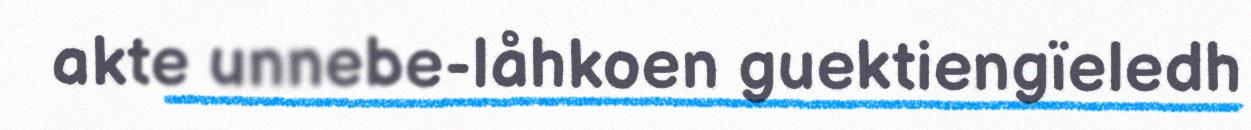
akte unnebe-låhkoen guektiengïeledh